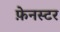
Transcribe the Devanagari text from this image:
फ़ेनस्टर